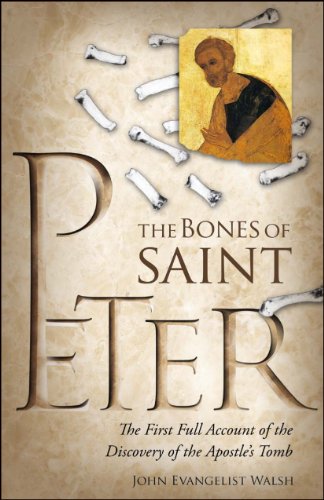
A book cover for Bones of St. Peter; John Evangelist Walsh; Christian Books & Bibles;